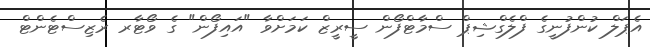
އެޕަލް ކުންފުނީގެ ފްލެގްޝިޕް ސްމާޓްފޯން ސީރީޒް ކަމަށްވާ "އައިފޯން" ގެ ވޯޓާރ ރެޒިސްޓެންޓް